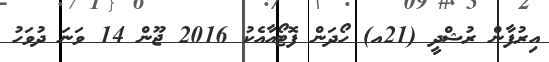
އިރުފާން ރުޝްދީ (21އ) ހޯދަން ފޮޓޯއާއެކު 2016 ޖޫން 14 ވަނަ ދުވަހު